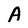
Character: A